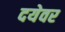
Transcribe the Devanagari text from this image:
दयेवर